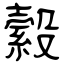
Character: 縠